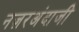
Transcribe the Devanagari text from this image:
नज़रअंदाजी